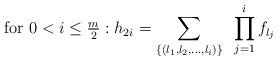
LaTeX: \begin{align*}\mbox{for $0 < i \leq \frac{m}{2}$}:h_{2i} = \sum_{\{(l_1 , l_2 , \ldots, l_i)\}} ~\prod_{j=1}^{i} f_{l_j}\end{align*}